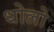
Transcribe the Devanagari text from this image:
धोलो